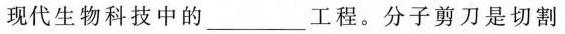
现代生物科技中的___工程。分子剪刀是切割